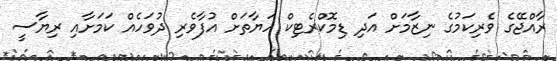
ރާއްޖޭގެ ވެރިކަމުގެ ނިޒާމަށް އަދި ޑިމޮކްރެޓިކް ހަޔާތަށް އުފާވެރި ދުވަހެއް ކަމަށާއި ރިޔާސީ